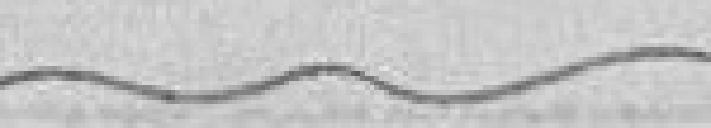
...............